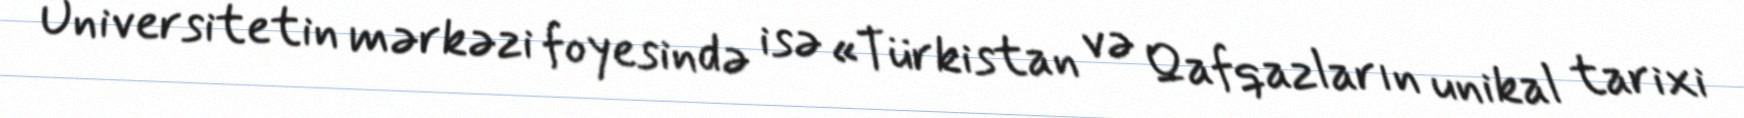
Universitetin mərkəzi foyesində isə «Türkistan və Qafqazların unikal tarixi